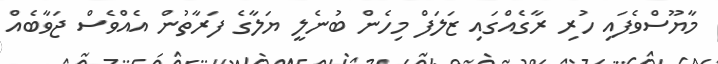
މާޔޫސްވެފައި ހުރި ރާގެއްގައި ޒަލަފް މިހެން ބުނެލީ ޔަލާގެ ފަރާތުން އެއްވެސް ޖަވާބެއް